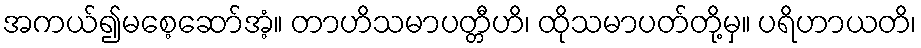
အကယ်၍မစေ့ဆော်အံ့။ တာဟိသမာပတ္တီဟိ၊ ထိုသမာပတ်တို့မှ။ ပရိဟာယတိ၊